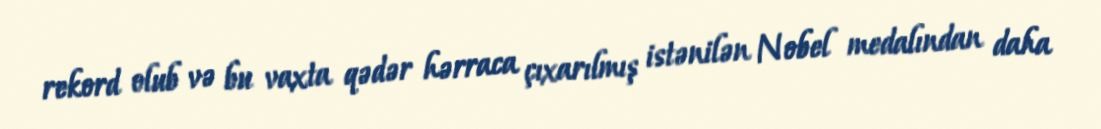
rekord olub və bu vaxta qədər hərraca çıxarılmış istənilən Nobel medalından daha